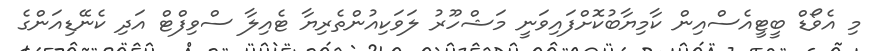
މި އެވޯޑް ބީޓީއެސްއިން ކާމިޔާބުކޮށްފައިވަނީ މަޝްހޫރު ލަވަކިއުންތެރިޔާ ޓެއިލާ ސްވިފްޓް އަދި ކެނޭޑިއަންގެ